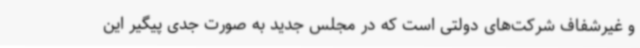
و غیرشفاف شرکت‌های دولتی است که در مجلس جدید به صورت جدی پیگیر این